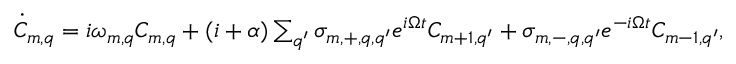
\begin{array} { r } { \dot { C } _ { m , q } = i \omega _ { m , q } C _ { m , q } + ( i + \alpha ) \sum _ { q ^ { \prime } } \sigma _ { m , + , q , q ^ { \prime } } e ^ { i \Omega t } C _ { m + 1 , q ^ { \prime } } + \sigma _ { m , - , q , q ^ { \prime } } e ^ { - i \Omega t } C _ { m - 1 , q ^ { \prime } } , } \end{array}